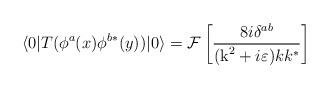
LaTeX: \begin{align*}\langle 0|T (\phi^a(x) \phi^{b*} (y)) |0 \rangle = {\cal F}\left[ \frac{8i \delta^{ab}}{(\mbox{k}^2 + i\varepsilon) kk^*}\right]\end{align*}